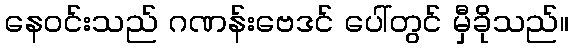
နေဝင်းသည် ဂဏန်းဗေဒင် ပေါ်တွင် မှီခိုသည်။